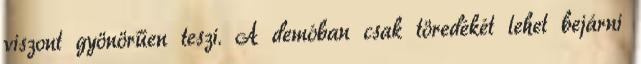
viszont gyönörűen teszi. A demóban csak töredékét lehet bejárni